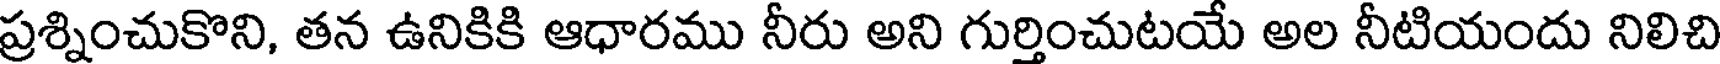
ప్రశ్నించుకొని, తన ఉనికికి ఆధారము నీరు అని గుర్తించుటయే అల నీటియందు నిలిచి